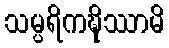
သမ္ပရိကဍ္ဎိဿာမိ